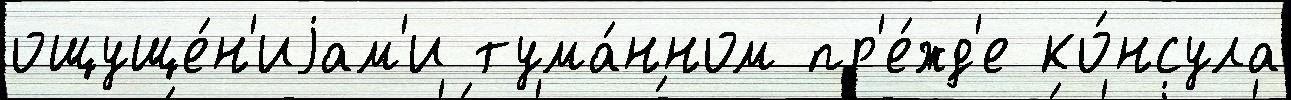
ощуще́н'иjам'и тума́нном пр'е́жд'е ко́нсула